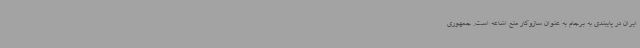
ایران در پایبندی به برجام به عنوان سازوکار منع اشاعه است. جمهوری